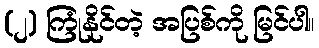
(၂) ကြုံနိုင်တဲ့ အပြစ်ကို မြင်ပါ။